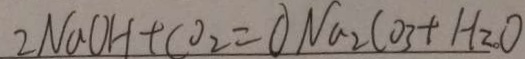
2 N a O H + C O _ { 2 } = O N a _ { 2 } C O _ { 3 } + H _ { 2 } O